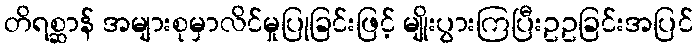
တိရစ္ဆာန် အများစုမှာလိင်မှုပြုခြင်းဖြင့် မျိုးပွားကြပြီးဥဥခြင်းအပြင်